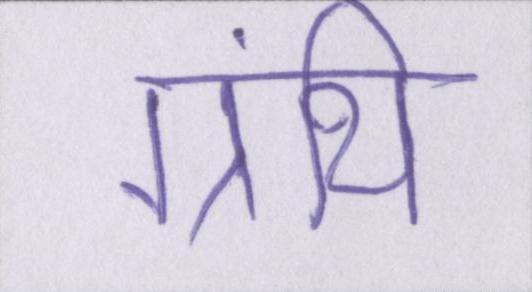
ग्रंथि